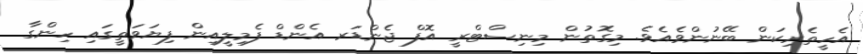
އެހީތެރިކަން ބޭނުންވެއެވެ. މިގޮތުން މިނިސްޓްރީ އޮފް ޖެންޑަރ އެންޑް ފެމިލީއިން ފިޔަވަތީގައި ހިންގާ